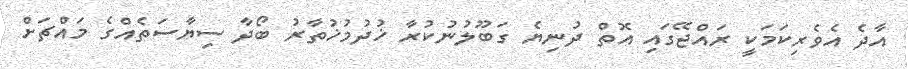
އާދެ އެވެރިކަމަކީ ރައްޖޭގައި އޮތް ދުނިޔެ ގަބޫލުނުކުރާ ޚުދުމުޚުތާރު ބޯދާ ސިޔާސަތެއްގެ މައްޗަށް